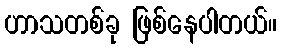
ဟာသတစ်ခု ဖြစ်နေပါတယ်။